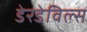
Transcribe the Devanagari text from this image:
डेरडेविल्स